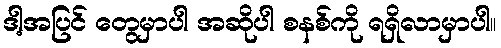
ဒါ့အပြင် တွေမှာပါ အဆိုပါ စနစ်ကို ရရှိလာမှာပါ။